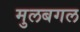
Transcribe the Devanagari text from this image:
मुलबगल